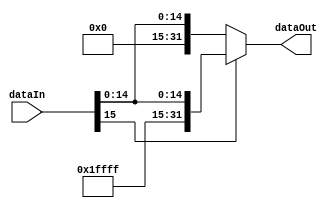
module extend(


input [15:0] dataIn,
output  [31:0] dataOut

);

wire [31:0] dataOutWire; 

assign dataOutWire = dataIn[15] ? {16'd65535,dataIn} : {16'd0,dataIn};
assign dataOut = dataOutWire;		 
		 
endmodule